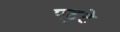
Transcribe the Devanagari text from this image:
पट॒टे